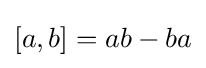
[a,b]=ab-ba